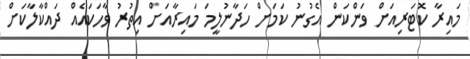
މައިރާ ކޮޓަރިއަށް ވަންކަން އެގުނު ކަމަށް ހަދާނުލީމަ މައިރާއަށް އިތުރު ވާހަކައެއް ދައްކާލާކަށް